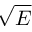
\sqrt { E }